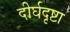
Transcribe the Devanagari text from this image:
दीर्घदृष्टा